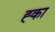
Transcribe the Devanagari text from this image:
ह्का